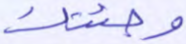
وجئتك